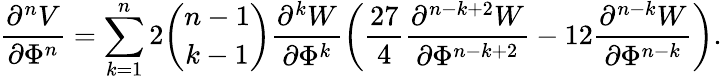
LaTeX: \frac{\partial^{n}V}{\partial\Phi^{n}}=\sum_{k=1}^{n}2{\binom{n-1}{k-1}}\frac{\partial^{k}W}{\partial\Phi^{k}}\left(\frac{27}{4}\frac{\partial^{n-k+2}W}{\partial\Phi^{n-k+2}}-12\frac{\partial^{n-k}W}{\partial\Phi^{n-k}}\right).